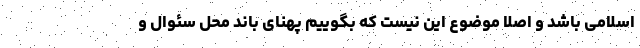
اسلامی باشد و اصلا موضوع این نیست که بگوییم پهنای باند محل سئوال و